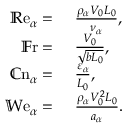
\begin{array} { r l } { \mathbb { R } \mathrm { e } _ { \alpha } = } & { { } ~ \frac { \rho _ { \alpha } V _ { 0 } L _ { 0 } } { \nu _ { \alpha } } , } \\ { \mathbb { F } \mathrm { r } = } & { { } ~ \frac { V _ { 0 } } { \sqrt { b L _ { 0 } } } , } \\ { \mathbb { C } \mathrm { n } _ { \alpha } = } & { { } ~ \frac { \varepsilon _ { \alpha } } { L _ { 0 } } , } \\ { \mathbb { W } \mathrm { e } _ { \alpha } = } & { { } ~ \frac { \rho _ { \alpha } V _ { 0 } ^ { 2 } L _ { 0 } } { a _ { \alpha } } . } \end{array}